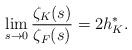
LaTeX: \begin{align*} \lim_{s\rightarrow 0} \frac{ \zeta_K(s)}{\zeta_F(s)} =2h^*_{K}.\end{align*}